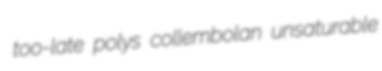
too-late polys collembolan unsaturable